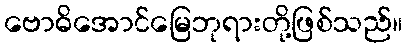
ဗောဓိအောင်မြေဘုရားတို့ဖြစ်သည်။